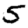
Digit: 5